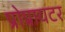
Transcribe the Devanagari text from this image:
प्रोप्रायटर